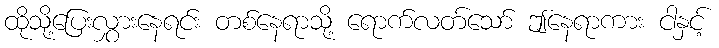
ထိုသို့ပြေးလွှားနေရင်း တစ်နေရာသို့ ရောက်လတ်သော် ဤနေရာကား ငါနှင့်